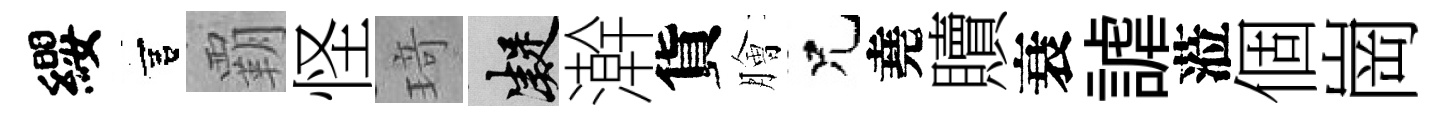
纓宫覇怪𤦺凝澣貨膾兄堯贖衰謔蒞個崗